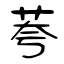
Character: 荂